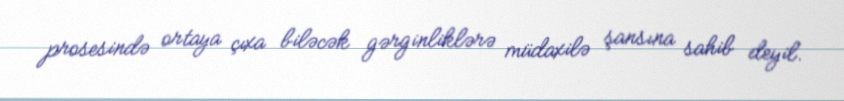
prosesində ortaya çıxa biləcək gərginliklərə müdaxilə şansına sahib deyil.